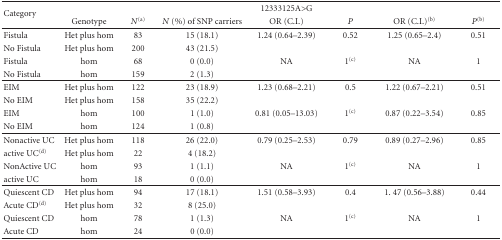
| <ROWSPAN=2> Category |  |  |  | 12333125A>G |  |  |  |
 | Genotype | N(a) | N (%) of SNP carriers | OR (C.I.) | P | OR (C.I.) (b) | P(b) |
 | --- | --- | --- | --- | --- | --- | --- | --- |
 | Fistula | Het plus hom | 83 | 15 (18.1) | 1.24 (0.64–2.39) | 0.52 | 1.25 (0.65–2.4) | 0.51 |
 | No Fistula | Het plus hom | 200 | 43 (21.5) |  |  |  |  |
 | Fistula | hom | 68 | 0 (0.0) | NA | 1(c) | NA | 1 |
 | No Fistula | hom | 159 | 2 (1.3) |  |  |  |  |
 | EIM | Het plus hom | 122 | 23 (18.9) | 1.23 (0.68–2.21) | 0.5 | 1.22 (0.67–2.21) | 0.51 |
 | No EIM | Het plus hom | 158 | 35 (22.2) |  |  |  |  |
 | EIM | hom | 100 | 1 (1.0) | 0.81 (0.05–13.03) | 1(c) | 0.87 (0.22–3.54) | 0.85 |
 | No EIM | hom | 124 | 1 (0.8) |  |  |  |  |
 | Nonactive UC | Het plus hom | 118 | 26 (22.0) | 0.79 (0.25–2.53) | 0.79 | 0.89 (0.27–2.96) | 0.85 |
 | active UC(d) | Het plus hom | 22 | 4 (18.2) |  |  |  |  |
 | NonActive UC | hom | 93 | 1 (1.1) | NA | 1(c) | NA | 1 |
 | active UC | hom | 18 | 0 (0.0) |  |  |  |  |
 | Quiescent CD | Het plus hom | 94 | 17 (18.1) | 1.51 (0.58–3.93) | 0.4 | 1. 47 (0.56–3.88) | 0.44 |
 | Acute CD(d) | Het plus hom | 32 | 8 (25.0) |  |  |  |  |
 | Quiescent CD | hom | 78 | 1 (1.3) | NA | 1(c) | NA | 1 |
 | Acute CD | hom | 24 | 0 (0.0) |  |  |  |  |